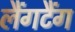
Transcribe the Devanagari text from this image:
लैंगटैंग